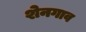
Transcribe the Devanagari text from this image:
शेनगाव